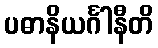
ပဓာနိယင်္ဂါနီတိ